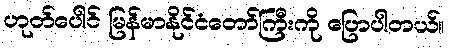
ဟုတ်ပေါင် မြန်မာနိုင်ငံတော်ကြီးကို ပြောပါတယ်။